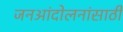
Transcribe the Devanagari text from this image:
जनआंदोलनांसाठी